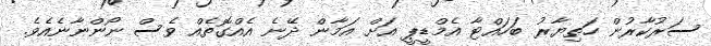
ސަރުކާރުން ހަތިޔާރު ބަހައްޓާ އެމްޑީޕީ އަށް އަމާން ދޭނެ އެއްގޮތެއް ވެސް ނޯންނާނެއެވެ.